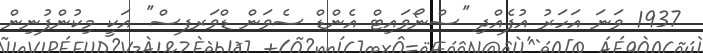
1937 ވަނަ އަހަރު އުފެއްދި ''ސްނޯވައިޓް އެންޑް ސެވަން ޑްވަރފސް'' އަކީ މިކުންފުނިން